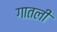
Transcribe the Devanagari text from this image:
गातली